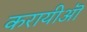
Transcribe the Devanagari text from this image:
करायीऒ